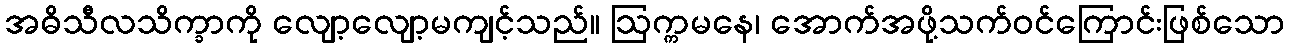
အဓိသီလသိက္ခာကို လျော့လျော့မကျင့်သည်။ ဩက္ကမနေ၊ အောက်အဖို့သက်ဝင်ကြောင်းဖြစ်သော